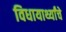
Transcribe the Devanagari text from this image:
विधायार्थ्यांचे